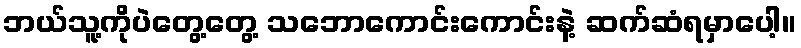
ဘယ်သူ့ကိုပဲတွေ့တွေ့ သဘောကောင်းကောင်းနဲ့ ဆက်ဆံရမှာပေါ့။